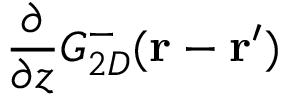
\frac { \partial } { \partial z } G _ { 2 D } ^ { - } ( \mathbf { r } - \mathbf { r } ^ { \prime } )